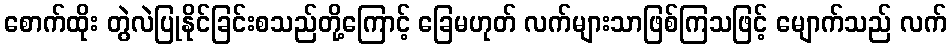
စောက်ထိုး တွဲလဲပြုနိုင်ခြင်းစသည်တို့ကြောင့် ခြေမဟုတ် လက်များသာဖြစ်ကြသဖြင့် မျောက်သည် လက်